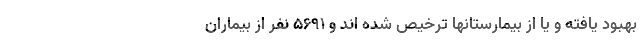
بهبود یافته و یا از بیمارستانها ترخیص شده اند و ۵۶۹۱ نفر از بیماران